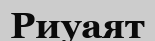
Риуаят